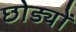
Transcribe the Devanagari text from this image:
छोड्यों